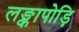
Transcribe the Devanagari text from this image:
लङ्कापोड़ि